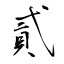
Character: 貳